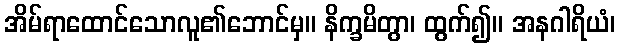
အိမ်ရာထောင်သောလူ၏ဘောင်မှ။ နိက္ခမိတွာ၊ ထွက်၍။ အနဂါရိယံ၊